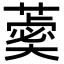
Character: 𦻞